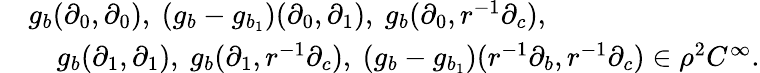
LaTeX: \begin{array}{rl}&{g_{b}(\partial_{0},\partial_{0}),\ (g_{b}-g_{b_{1}})(\partial_{0},\partial_{1}),\ g_{b}(\partial_{0},r^{-1}\partial_{c}),}\\ &{\quad g_{b}(\partial_{1},\partial_{1}),\ g_{b}(\partial_{1},r^{-1}\partial_{c}),\ (g_{b}-g_{b_{1}})(r^{-1}\partial_{b},r^{-1}\partial_{c})\in\rho^{2}C^{\infty}.}\end{array}